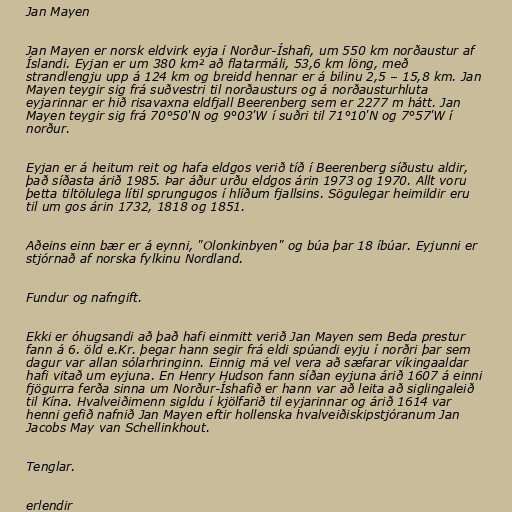
Jan Mayen

Jan Mayen er norsk eldvirk eyja í Norður-Íshafi, um 550 km norðaustur af
Íslandi. Eyjan er um 380 km² að flatarmáli, 53,6 km löng, með
strandlengju upp á 124 km og breidd hennar er á bilinu 2,5 – 15,8 km. Jan
Mayen teygir sig frá suðvestri til norðausturs og á norðausturhluta
eyjarinnar er hið risavaxna eldfjall Beerenberg sem er 2277 m hátt. Jan
Mayen teygir sig frá 70°50'N og 9°03'W í suðri til 71°10'N og 7°57'W í
norður.

Eyjan er á heitum reit og hafa eldgos verið tíð í Beerenberg síðustu aldir,
það síðasta árið 1985. Þar áður urðu eldgos árin 1973 og 1970. Allt voru
þetta tiltölulega lítil sprungugos í hlíðum fjallsins. Sögulegar heimildir eru
til um gos árin 1732, 1818 og 1851.

Aðeins einn bær er á eynni, "Olonkinbyen" og búa þar 18 íbúar. Eyjunni er
stjórnað af norska fylkinu Nordland.

Fundur og nafngift.

Ekki er óhugsandi að það hafi einmitt verið Jan Mayen sem Beda prestur
fann á 6. öld e.Kr. þegar hann segir frá eldi spúandi eyju í norðri þar sem
dagur var allan sólarhringinn. Einnig má vel vera að sæfarar víkingaaldar
hafi vitað um eyjuna. En Henry Hudson fann síðan eyjuna árið 1607 á einni
fjögurra ferða sinna um Norður-Íshafið er hann var að leita að siglingaleið
til Kína. Hvalveiðimenn sigldu í kjölfarið til eyjarinnar og árið 1614 var
henni gefið nafnið Jan Mayen eftir hollenska hvalveiðiskipstjóranum Jan
Jacobs May van Schellinkhout.

Tenglar.

erlendir